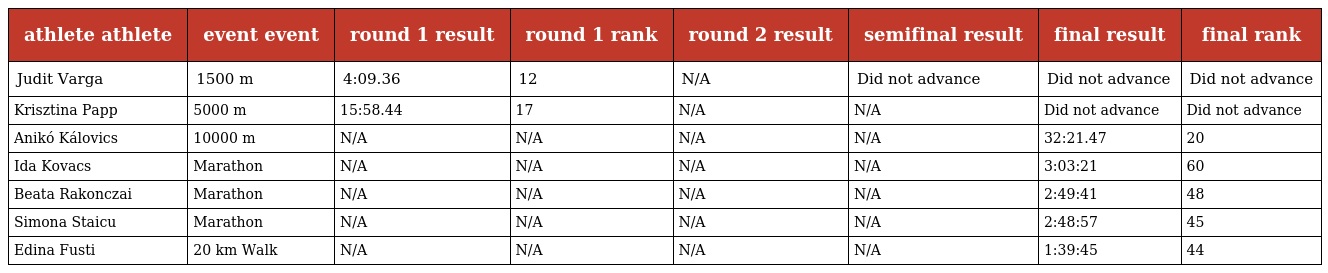
| athlete athlete | event event | round 1 result | round 1 rank | round 2 result | semifinal result | final result | final rank |
 | --- | --- | --- | --- | --- | --- | --- | --- |
 | Judit Varga | 1500 m | 4:09.36 | 12 | N/A | Did not advance | Did not advance | Did not advance |
 | Krisztina Papp | 5000 m | 15:58.44 | 17 | N/A | N/A | Did not advance | Did not advance |
 | Anikó Kálovics | 10000 m | N/A | N/A | N/A | N/A | 32:21.47 | 20 |
 | Ida Kovacs | Marathon | N/A | N/A | N/A | N/A | 3:03:21 | 60 |
 | Beata Rakonczai | Marathon | N/A | N/A | N/A | N/A | 2:49:41 | 48 |
 | Simona Staicu | Marathon | N/A | N/A | N/A | N/A | 2:48:57 | 45 |
 | Edina Fusti | 20 km Walk | N/A | N/A | N/A | N/A | 1:39:45 | 44 |